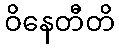
ဝိနေတီတိ